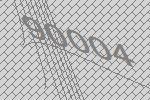
90004